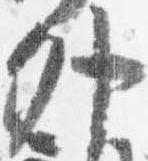
外